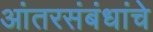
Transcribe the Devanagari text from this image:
आंतरसंबंधांचे